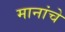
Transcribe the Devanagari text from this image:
मानांचे